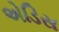
એડિસ